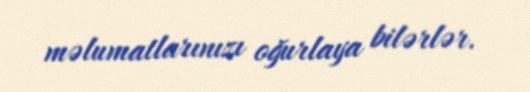
məlumatlarınızı oğurlaya bilərlər.